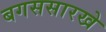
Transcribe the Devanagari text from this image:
बगससारखे